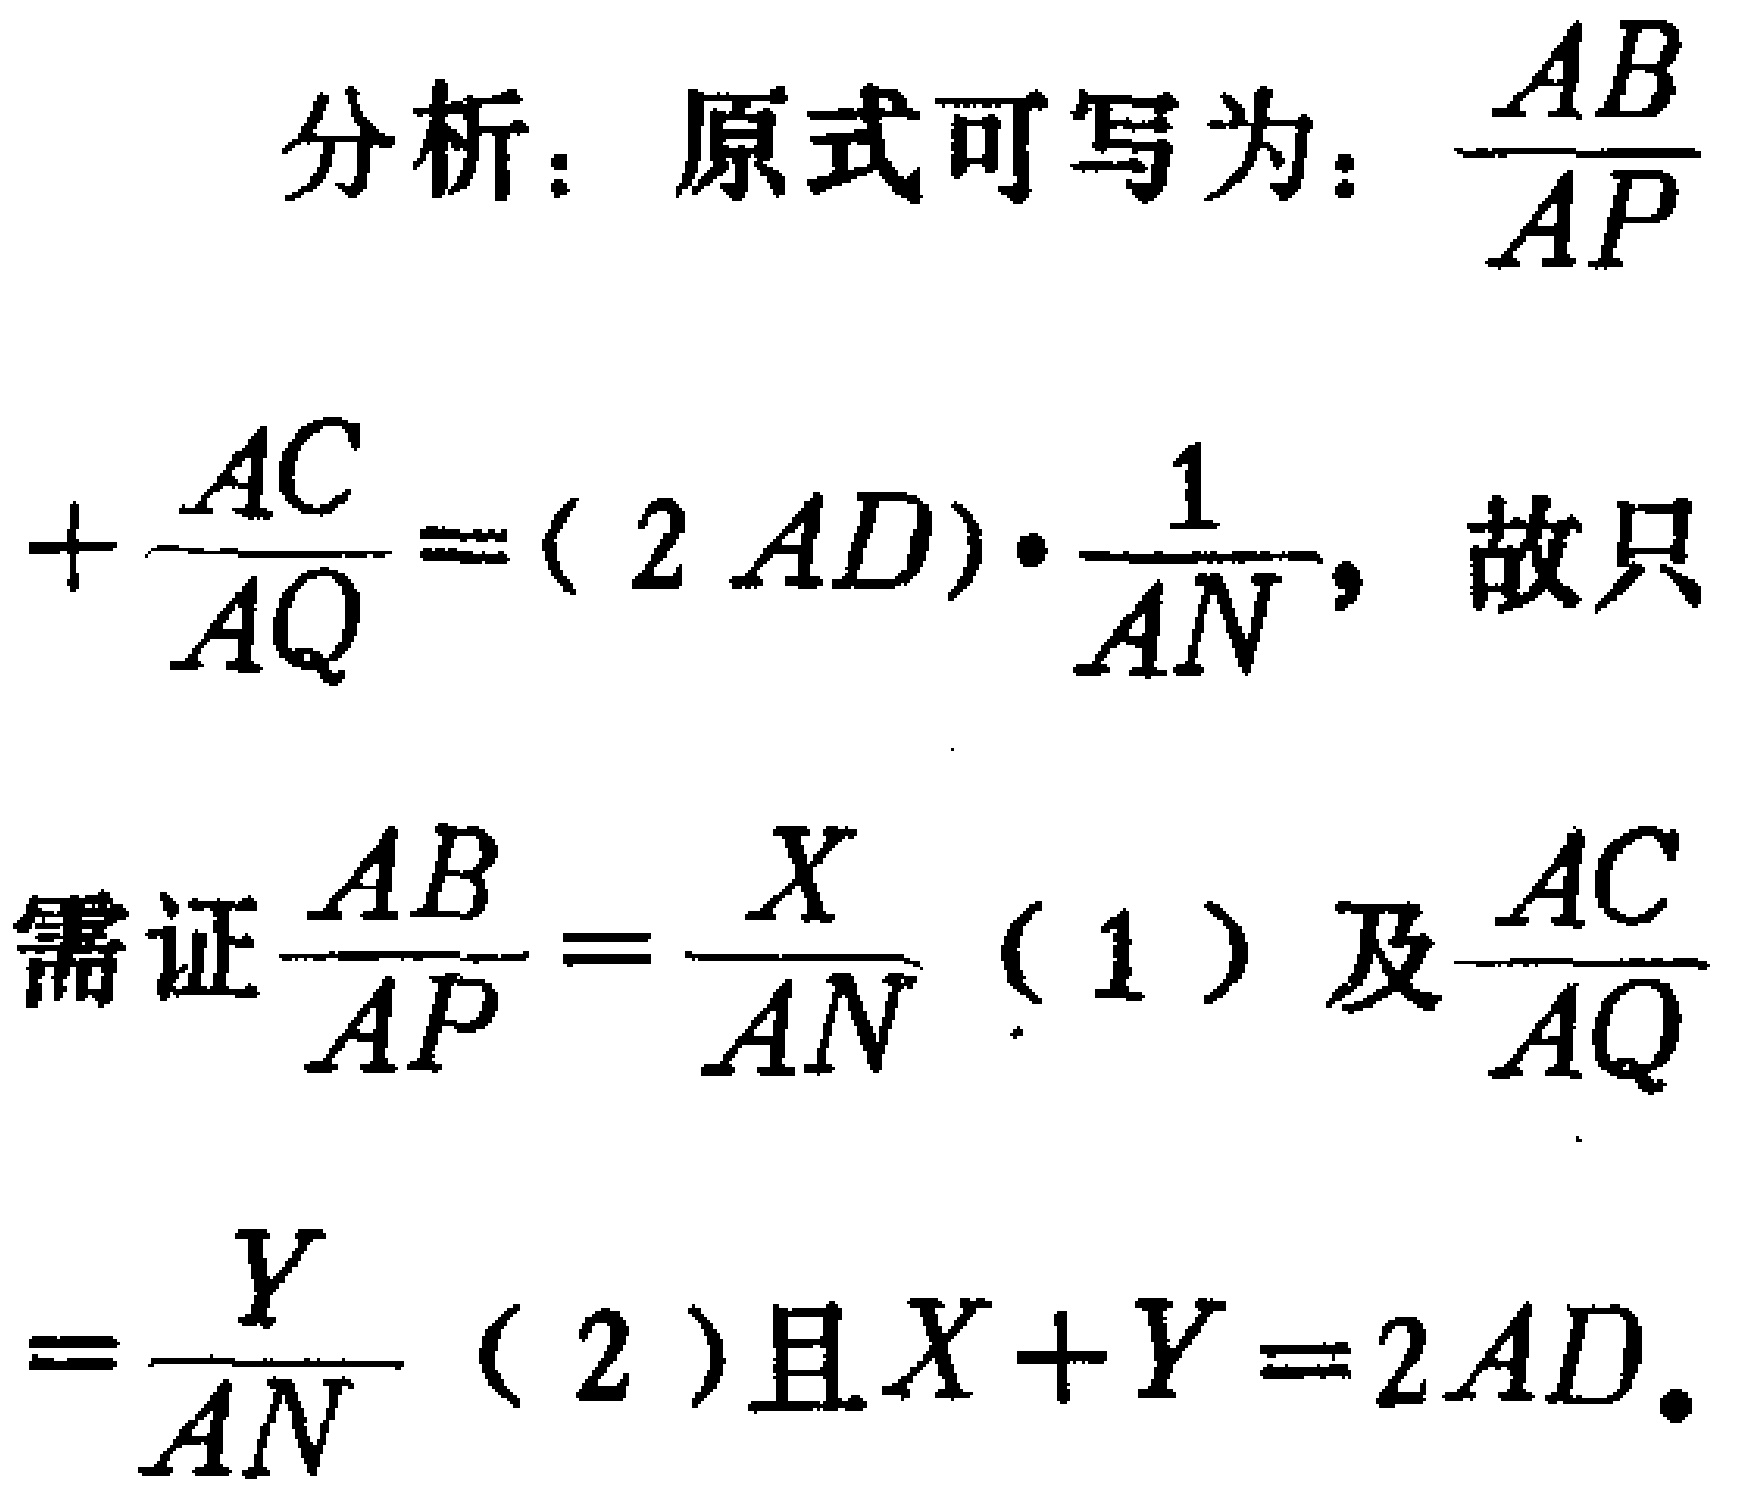
分析：原式可写为：\(\frac{AB}{AP}\)

\(+\frac{AC}{AQ}=(2AD)\cdot\frac{1}{AN}\)，故只

需证\(\frac{AB}{AP}=\frac{X}{AN}\)（1）及\(\frac{AC}{AQ}\)

\(=\frac{Y}{AN}\)（2）且\(X + Y = 2AD\)。